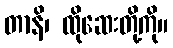
တာနိ၊ ထိုဆေးတို့ကို။